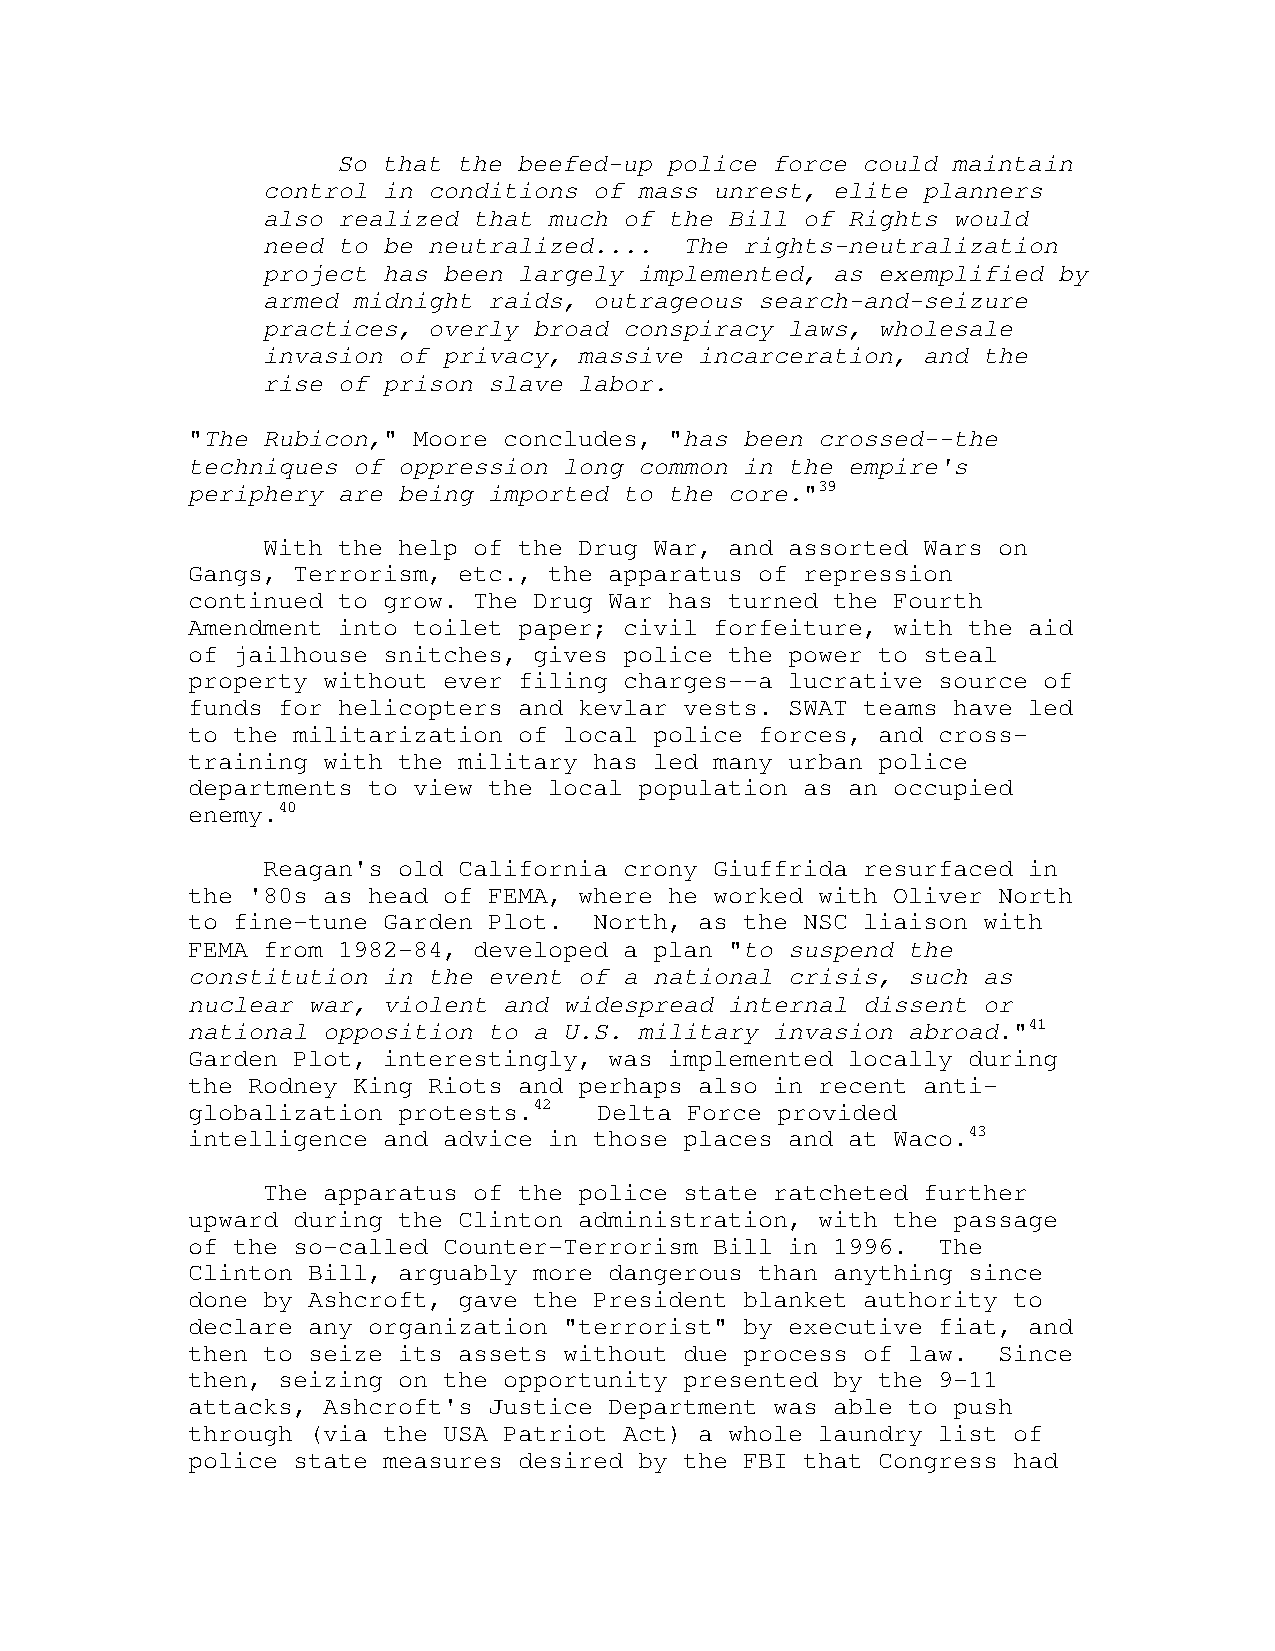
So that the beefed-up police force could maintain
 control in conditions of mass unrest, elite planners
 also realized that much of the Bill of Rights would
 need to be neutralized....  The rights-neutralization
 project has been largely implemented, as exemplified by
 armed midnight raids, outrageous search-and-seizure
 practices, overly broad conspiracy laws, wholesale
 invasion of privacy, massive incarceration, and the
 rise of prison slave labor.
 "The Rubicon," Moore concludes, "has been crossed--the
 techniques of oppression long common in the empire's
 periphery are being imported to the core."39
 With the help of the Drug War, and assorted Wars on
 Gangs, Terrorism, etc., the apparatus of repression
 continued to grow. The Drug War has turned the Fourth
 Amendment into toilet paper; civil forfeiture, with the aid
 of jailhouse snitches, gives police the power to steal
 property without ever filing charges--a lucrative source of
 funds for helicopters and kevlar vests. SWAT teams have led
 to the militarization of local police forces, and cross-
 training with the military has led many urban police
 departments to view the local population as an occupied
 enemy.40
 Reagan's old California crony Giuffrida resurfaced in
 the '80s as head of FEMA, where he worked with Oliver North
 to fine-tune Garden Plot.  North, as the NSC liaison with
 FEMA from 1982-84, developed a plan "to suspend the
 constitution in the event of a national crisis, such as
 nuclear war, violent and widespread internal dissent or
 national opposition to a U.S. military invasion abroad."41
 Garden Plot, interestingly, was implemented locally during
 the Rodney King Riots and perhaps also in recent anti-
 globalization protests.42   Delta Force provided
 intelligence and advice in those places and at Waco.43
 The apparatus of the police state ratcheted further
 upward during the Clinton administration, with the passage
 of the so-called Counter-Terrorism Bill in 1996.  The
 Clinton Bill, arguably more dangerous than anything since
 done by Ashcroft, gave the President blanket authority to
 declare any organization "terrorist" by executive fiat, and
 then to seize its assets without due process of law.  Since
 then, seizing on the opportunity presented by the 9-11
 attacks, Ashcroft's Justice Department was able to push
 through (via the USA Patriot Act) a whole laundry list of
 police state measures desired by the FBI that Congress had